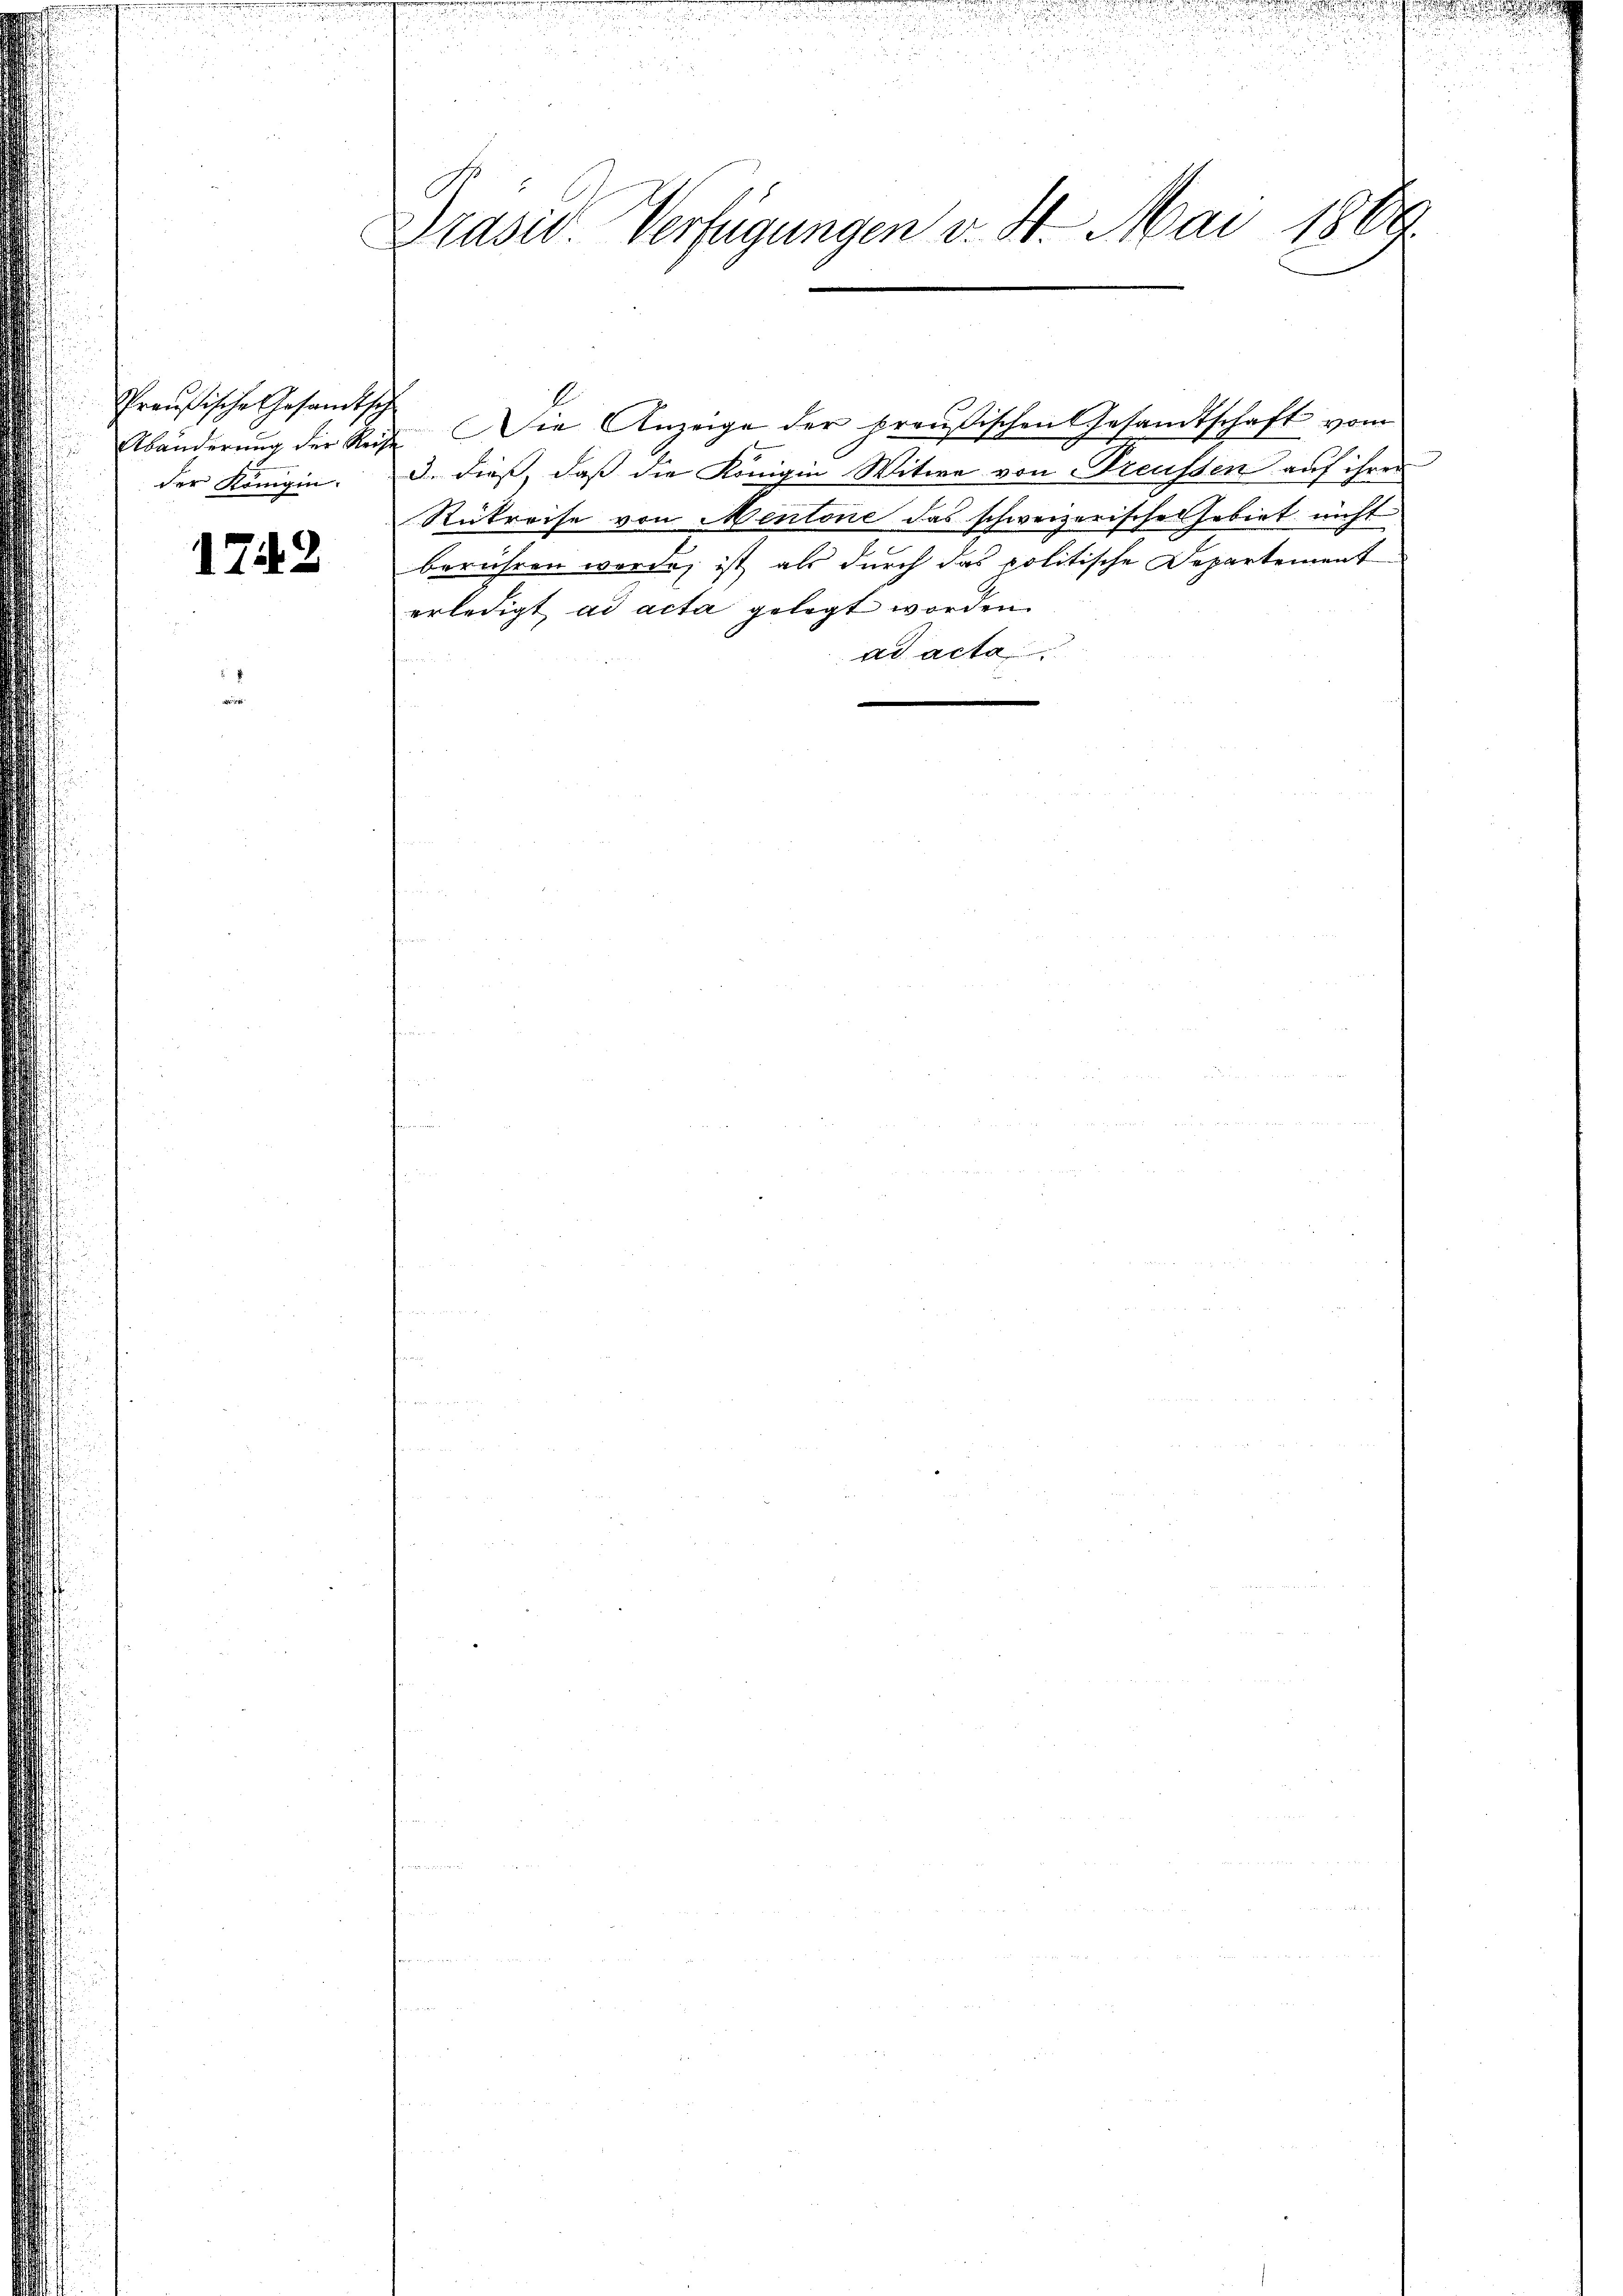
Preußische Gesandtsch
der Königin.

1742

Prasiv. Verfügungen v. 30. Mai 1889.

3. dieß, daß die Königin Witwe von Preussen auf ihren
Rükreise von Mentone das schweizerisches Gebiet nicht
berühren werde, ist als durch das politische Departement
erledigt, ad acta gelegt worden.
ad acta

Abänderung der Rede. Die Anzeige der preußischen Gesandtschaft vom

e

u